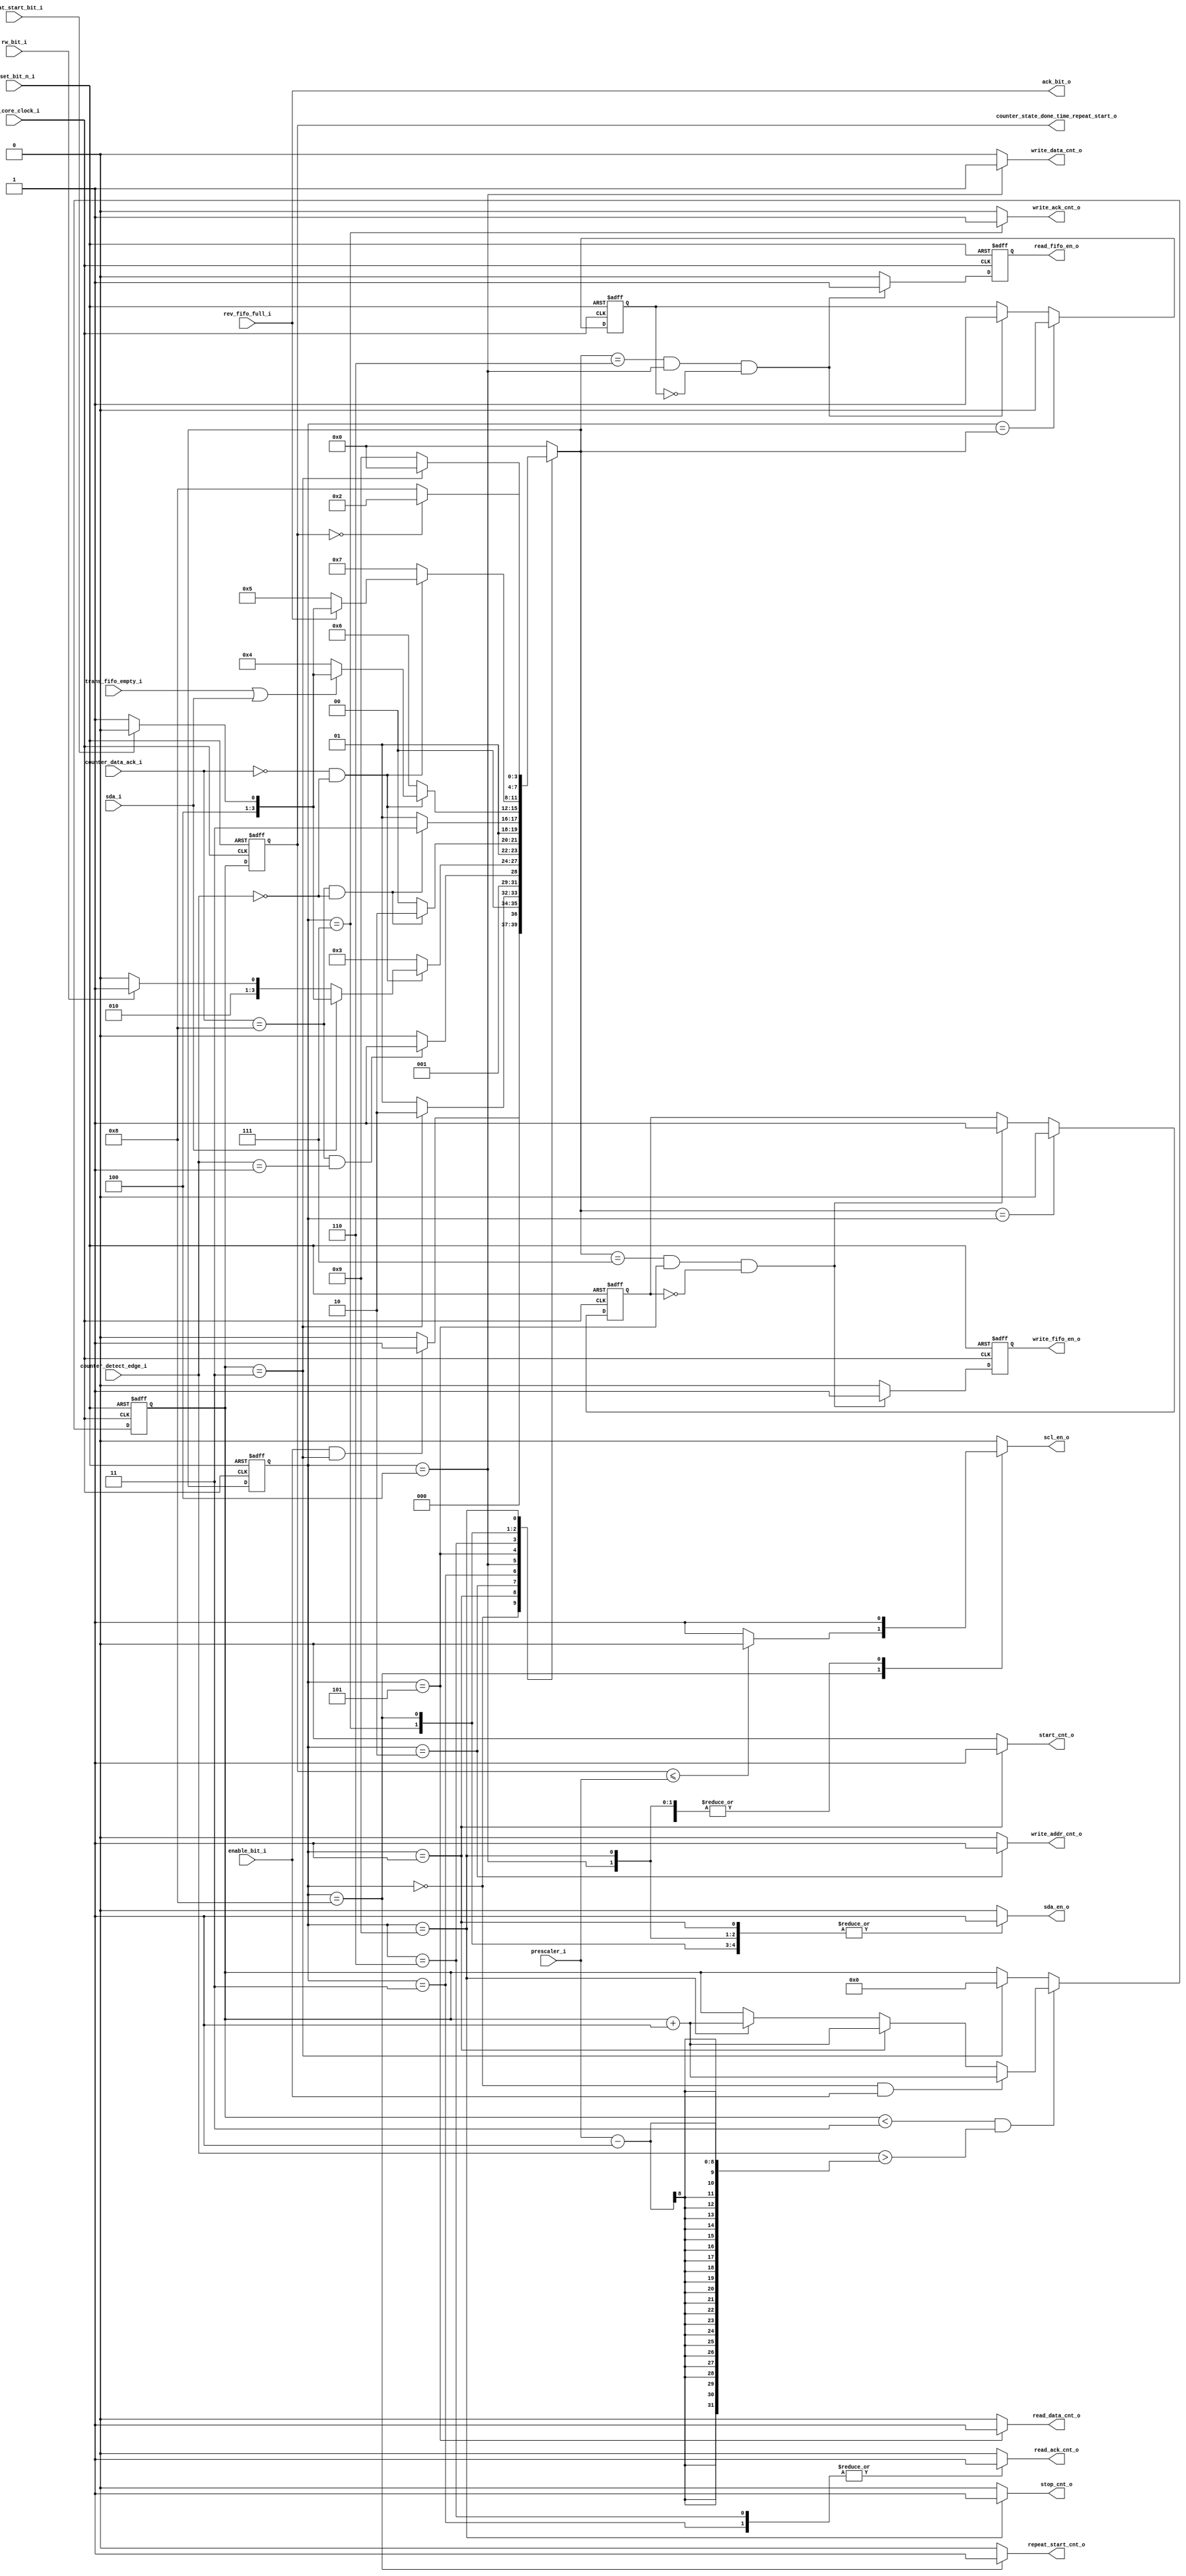
module i2c_fsm_block(
    //---------------------------------------------------------            //----------------------input---------------
    input               i2c_core_clock_i                                                            , // i2c core clock
    input               enable_bit_i                                                                , // enable bit from cmd register
    input               reset_bit_n_i                                                               , // reset bit from cmd register
    input               rw_bit_i                                                                    , //rw bit from addr_rw_bit register
    input               sda_i                                                                       , // sda line input	
    input               repeat_start_bit_i                                                          , // repeat start bit from cmd register
    input               trans_fifo_empty_i                                                          , // status of trans fifo from fifo block
    input               rev_fifo_full_i                                                             , // status of rev fifo from fifo block
    input       [7:0]   counter_detect_edge_i                                                       , //counter detect edge from clock generator
    input       [7:0]   counter_data_ack_i                                                          , //counter data, ack from datapath
    input       [7:0]   prescaler_i                                                                 , //value of prescaler register
    //---------------------------------------------------------             //----------------------output---------------
    							    
    output reg          start_cnt_o                                                                 , // start signal to datapath and clock generator						    
    output reg          write_addr_cnt_o                                                            , // write addr signal to datapath and clock generator to transfer addr of slave
    output reg          write_data_cnt_o                                                            , // write data signal to datapath and clock generator to transfer data
    output reg          read_data_cnt_o                                                             , // read data signal to datapath and clock generator to read data 
    output reg          write_ack_cnt_o                                                             , // after read data is done, master send ack bit
    output reg          read_ack_cnt_o                                                              , //read ack from slave
    output reg          stop_cnt_o                                                                  , // stop signal to datapath and clock generator
    output reg          repeat_start_cnt_o                                                          , // repeat start signal to datapath and clock generator
    
    output reg          write_fifo_en_o                                                             , //signal that datapath write data which read recently into receive fifo
    output reg          read_fifo_en_o                                                              , //signal that datapath read data which cpu want to send to i2c slave from transmit fifo
    					    
    output reg          scl_en_o                                                                    , // enable scl
    output reg          sda_en_o                                                                    , // enable sda
    output reg  [7:0]   counter_state_done_time_repeat_start_o                                      , //for state: repeat start
    output              ack_bit_o                                                  
    //---------------------------------------------------------
);
    localparam IDLE = 0                                                                             ;
    localparam START = 1                                                                            ;
    localparam ADDR = 2                                                                             ;
    localparam READ_ADDR_ACK = 3                                                                    ;
    localparam WRITE_DATA = 4                                                                       ;
    localparam READ_DATA = 5                                                                        ;
    localparam READ_DATA_ACK = 6                                                                    ;
    localparam WRITE_DATA_ACK = 7                                                                   ;
    localparam REPEAT_START = 8                                                                     ;
    localparam STOP = 9                                                                             ;

    
    reg [3:0] current_state                                                                         ;
    reg [3:0] next_state                                                                            ;
    reg [7:0] counter_state_done_time_start_stop                                                    ; //for state: start, stop
    reg       state_of_write_rx_fifo                                                                ;
    reg       state_of_read_tx_fifo                                                                 ;
    wire [3:0] next_state_temp                                                                      ;
    assign ack_bit_o = rev_fifo_full_i                                                              ;
    assign next_state_temp = next_state                                                             ;
     
    always @(posedge i2c_core_clock_i, negedge reset_bit_n_i)
    begin
        if (~reset_bit_n_i)
            counter_state_done_time_repeat_start_o <= 0                                             ;
        else
            counter_state_done_time_repeat_start_o = counter_state_done_time_start_stop             ;
    end     
    
    //register state logic
    always @(posedge i2c_core_clock_i, negedge reset_bit_n_i)
    begin
        if (~reset_bit_n_i)
            current_state <= IDLE                                                                   ;
        else
            current_state <= next_state                                                             ;
    end
    //current_state and input to next_state
    always @*
    begin
        case (current_state)
            //---------------------------------------------------------
            IDLE: begin
                if (enable_bit_i && counter_state_done_time_start_stop == 3)                        // hold 4 cylcle i2c core clock before transfer to next state
                    next_state = START                                                              ;
                else
                    next_state = IDLE                                                               ;
            end    
            //----------------------------------------------------------
            START: begin                                                                             //hold 4 cylcle i2c core clock before transfer to next state
                if (counter_state_done_time_start_stop == 3)
                    next_state = ADDR                                                               ;
                else
                    next_state = START                                                              ;
            end
            //---------------------------------------------------------
            ADDR: begin
                if (counter_data_ack_i == 8 && counter_detect_edge_i == 1)
                    next_state = READ_ADDR_ACK                                                      ;
                else    
                    next_state = ADDR                                                               ;
            end 
            //---------------------------------------------------------
            READ_ADDR_ACK: begin                                                                    //read ack when scl is positive edge
                if (counter_data_ack_i == 0 && counter_detect_edge_i == 0)
                    begin
                        if (sda_i == 1)
                            if (repeat_start_bit_i == 1)
                                  next_state = REPEAT_START                                         ;
                            else
                                  next_state = STOP                                                 ;
                        else
                            if (rw_bit_i == 1)
                              next_state = READ_DATA                                                ;
                            else
                              next_state = WRITE_DATA                                               ;
                    end
                else
                    next_state = READ_ADDR_ACK                                                      ;
            end
            //---------------------------------------------------------
            WRITE_DATA: begin                                                                        //write data   
                if (counter_data_ack_i == 8 && counter_detect_edge_i == 0)
                    next_state = READ_DATA_ACK                                                      ;
                else
                    next_state = WRITE_DATA                                                         ;
            end 
            //---------------------------------------------------------
            READ_DATA: begin                                                                          //read data  
                if (counter_data_ack_i == 8 && counter_detect_edge_i == 0)                          
                    next_state = WRITE_DATA_ACK                                                     ;
                else
                    next_state = READ_DATA                                                          ;
            end
            //---------------------------------------------------------
            READ_DATA_ACK: begin                                                                      // read ack from slave
                if (counter_data_ack_i == 0 && counter_detect_edge_i == 0)
                        if (trans_fifo_empty_i == 1 || sda_i == 1)
                            if (repeat_start_bit_i == 1)
                              next_state = REPEAT_START                                             ;
                            else
                              next_state = STOP                                                     ;
                        else
                            next_state = WRITE_DATA                                                 ;
                else
                    next_state = READ_DATA_ACK                                                      ;
                
            end
            //---------------------------------------------------------
            WRITE_DATA_ACK: begin                                                                       //if rev fifo is not full, continue read data
                if (counter_data_ack_i == 0 && counter_detect_edge_i == 0) 
                    if (rev_fifo_full_i == 0 )
                            next_state = READ_DATA                                                  ;
                    else
                        if (repeat_start_bit_i == 1)               
                            next_state = REPEAT_START                                               ;
                        else 
                            next_state = STOP                                                       ;
                else
                    next_state = WRITE_DATA_ACK                                                     ;
            end
            //---------------------------------------------------------
            REPEAT_START: begin
                 if (counter_state_done_time_repeat_start_o == 0)
                    next_state = ADDR                                                               ;
                else
                    next_state = REPEAT_START                                                       ;
            end
            //---------------------------------------------------------
            STOP: begin
                if (counter_state_done_time_start_stop == 3)
                    next_state = IDLE                                                               ;
                else
                    next_state = STOP                                                               ;
            end 
            //---------------------------------------------------------
            default: begin
                next_state = IDLE                                                                   ;
            end
        endcase
        
    
    end
    //current state to output
    always @*
    begin
        case (current_state)
            //---------------------------------------------------------
            IDLE: begin
                sda_en_o = 0                                                                        ;
                scl_en_o = 0                                                                        ;
                start_cnt_o = 0                                                                     ;
                write_addr_cnt_o = 0                                                                ;
                write_ack_cnt_o = 0                                                                 ;
                read_ack_cnt_o = 0                                                                  ;
                write_data_cnt_o = 0                                                                ;
                read_data_cnt_o = 0                                                                 ;
                stop_cnt_o = 0                                                                      ;
                repeat_start_cnt_o = 0                                                              ;
            end
            //---------------------------------------------------------
            START: begin  
                sda_en_o = 1                                                                        ;
                scl_en_o = 0                                                                        ;
                start_cnt_o = 1                                                                     ; //fsm inform to data_path and clock_gen generate start condition
                write_addr_cnt_o = 0                                                                ;
                write_ack_cnt_o = 0                                                                 ;
                read_ack_cnt_o = 0                                                                  ;
                write_data_cnt_o = 0                                                                ;
                read_data_cnt_o = 0                                                                 ;
                stop_cnt_o = 0                                                                      ;
                repeat_start_cnt_o = 0                                                              ;
            end
            //---------------------------------------------------------
            ADDR: begin
                sda_en_o = 1                                                                        ;
                scl_en_o = 1                                                                        ;
                start_cnt_o = 0                                                                     ;
                write_addr_cnt_o = 1                                                                ; //signal to datapath write addr of slave in sda line
                write_ack_cnt_o = 0                                                                 ;
                read_ack_cnt_o = 0                                                                  ;
                write_data_cnt_o = 0                                                                ;
                read_data_cnt_o = 0                                                                 ;
                stop_cnt_o = 0                                                                      ;
                repeat_start_cnt_o = 0                                                              ;
            
            end
            //---------------------------------------------------------
            READ_ADDR_ACK: begin
                sda_en_o = 0                                                                        ;
                scl_en_o = 1                                                                        ;
                start_cnt_o = 0                                                                     ;
                write_addr_cnt_o = 0                                                                ;
                write_ack_cnt_o = 0                                                                 ;
                read_ack_cnt_o = 1                                                                  ;
                write_data_cnt_o = 0                                                                ;
                read_data_cnt_o = 0                                                                 ;
                stop_cnt_o = 0                                                                      ;
                repeat_start_cnt_o = 0                                                              ;
            end
            //---------------------------------------------------------
            WRITE_DATA: begin
                sda_en_o = 1                                                                        ;
                scl_en_o = 1                                                                        ;
                start_cnt_o = 0                                                                     ;
                write_addr_cnt_o = 0                                                                ;
                write_ack_cnt_o = 0                                                                 ;
                read_ack_cnt_o = 0                                                                  ;
                write_data_cnt_o = 1                                                                ; //signal to datapath write data in sda line
                read_data_cnt_o = 0                                                                 ;
                stop_cnt_o = 0                                                                      ;
                repeat_start_cnt_o = 0                                                              ;
            end
            //---------------------------------------------------------
            READ_DATA: begin
                sda_en_o = 0                                                                        ;
                scl_en_o = 1                                                                        ;
                start_cnt_o = 0                                                                     ;
                write_addr_cnt_o = 0                                                                ;
                write_ack_cnt_o = 0                                                                 ;
                read_ack_cnt_o = 0                                                                  ;
                write_data_cnt_o = 0                                                                ;
                read_data_cnt_o = 1                                                                 ; //signal to datapath read data in sda line when scl in positive edge
                stop_cnt_o = 0                                                                      ;
                repeat_start_cnt_o = 0                                                              ;
            end
            //---------------------------------------------------------
            READ_DATA_ACK: begin
                sda_en_o = 0                                                                        ;
                scl_en_o = 1                                                                        ;
                start_cnt_o = 0                                                                     ;
                write_addr_cnt_o = 0                                                                ;
                write_ack_cnt_o = 0                                                                 ;
                read_ack_cnt_o = 1                                                                  ;
                write_data_cnt_o = 0                                                                ;
                read_data_cnt_o = 0                                                                 ;
                stop_cnt_o = 0                                                                      ;
                repeat_start_cnt_o = 0                                                              ;
            end
            //---------------------------------------------------------
            WRITE_DATA_ACK: begin
                sda_en_o = 1                                                                        ;
                scl_en_o = 1                                                                        ;
                start_cnt_o = 0                                                                     ;
                write_addr_cnt_o = 0                                                                ;
                write_ack_cnt_o = 1                                                                 ; //signal to data_path write ack in sda line
                read_ack_cnt_o = 0                                                                  ;
                write_data_cnt_o = 0                                                                ;
                read_data_cnt_o = 0                                                                 ;
                stop_cnt_o = 0                                                                      ;
                repeat_start_cnt_o = 0                                                              ;
            end
            //---------------------------------------------------------
            REPEAT_START: begin
                sda_en_o = 1                                                                        ;
                if (counter_state_done_time_repeat_start_o <= prescaler_i)
                    scl_en_o = 0                                                                    ;
                else
                    scl_en_o = 1                                                                    ;
                start_cnt_o = 0                                                                     ;
                write_addr_cnt_o = 0                                                                ;
                write_ack_cnt_o = 0                                                                 ;
                read_ack_cnt_o = 0                                                                  ;
                write_data_cnt_o = 0                                                                ;
                read_data_cnt_o = 0                                                                 ;
                stop_cnt_o = 0                                                                      ;
                repeat_start_cnt_o = 1                                                              ; //signal to both data_path and clock_gen to generate repeat start condition
            end
            //---------------------------------------------------------
            STOP: begin
                sda_en_o = 1                                                                        ;
                scl_en_o = 1                                                                        ;
                start_cnt_o = 0                                                                     ;
                write_addr_cnt_o = 0                                                                ;
                write_ack_cnt_o = 0                                                                 ;
                read_ack_cnt_o = 0                                                                  ;
                write_data_cnt_o = 0                                                                ;
                read_data_cnt_o = 0                                                                 ;
                stop_cnt_o = 1                                                                      ; //signal to both data_path and clock_gen to generate stop condition
                repeat_start_cnt_o = 0                                                              ;
            end
            //---------------------------------------------------------
             default: begin
                sda_en_o = 0                                                                        ;
                scl_en_o = 0                                                                        ;
                start_cnt_o = 0                                                                     ;
                write_addr_cnt_o = 0                                                                ;
                write_ack_cnt_o = 0                                                                 ;
                write_data_cnt_o = 0                                                                ;
                read_ack_cnt_o = 0                                                                  ;
                read_data_cnt_o = 0                                                                 ;
                stop_cnt_o = 0                                                                      ;
                repeat_start_cnt_o = 0                                                              ;
            end
        endcase
    end
    
    // counter state done time for start, stop condition
      always @(posedge i2c_core_clock_i, negedge reset_bit_n_i)
     begin
        
        if (~reset_bit_n_i)
            counter_state_done_time_start_stop <= 0                                                 ;
        else
        begin
            if (counter_state_done_time_start_stop < 3 && counter_detect_edge_i > (prescaler_i - 1))
            begin
                if (current_state == IDLE && enable_bit_i == 1)
                    counter_state_done_time_start_stop <= counter_state_done_time_start_stop + 1    ;
                else if (current_state == START  )
                    counter_state_done_time_start_stop <= counter_state_done_time_start_stop + 1    ;
                else if (current_state == STOP )
                    counter_state_done_time_start_stop <= counter_state_done_time_start_stop + 1    ;
            end
            else if (counter_state_done_time_start_stop == 3)   
                counter_state_done_time_start_stop <= 0                                             ;
            
        end
    end
    
    // repeat start state have not handled yet
    
    //output control signals to trans fifo block
    always @(posedge i2c_core_clock_i, negedge reset_bit_n_i) 
    begin
        if (~reset_bit_n_i)
            begin
                read_fifo_en_o <= 0                                                                 ;
                state_of_read_tx_fifo <= 0                                                          ;
            end
        else
            begin
                if (next_state == READ_DATA_ACK && current_state == WRITE_DATA && state_of_read_tx_fifo == 0)
                    begin
                        read_fifo_en_o <= 1                                                         ;
                        state_of_read_tx_fifo <= 1                                                  ;
                    end
                else 
                    read_fifo_en_o <= 0                                                             ;
                if (current_state == next_state)
                    state_of_read_tx_fifo <= 0                                                      ;
            end
    end

    //output control signals to receive fifo block
    always @(posedge i2c_core_clock_i, negedge reset_bit_n_i) 
    begin
        if (~reset_bit_n_i)
            begin
                write_fifo_en_o <= 0                                                                ;
                state_of_write_rx_fifo <= 0                                                         ;
            end
        else
            begin
                if (next_state == WRITE_DATA_ACK && current_state == READ_DATA && state_of_write_rx_fifo == 0) //prepare data from trans fifo to send to slave
                    begin
                        write_fifo_en_o <= 1                                                        ;
                        state_of_write_rx_fifo <= 1                                                 ;
                    end
                else
                    write_fifo_en_o <= 0                                                            ;
                if (next_state == current_state)
                    state_of_write_rx_fifo <= 0                                                     ;
                
            end
    end
    
endmodule